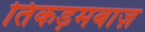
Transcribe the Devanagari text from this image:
तिकड़मबाज़